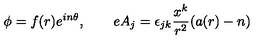
\phi = f ( r ) e ^ { i n \theta } , \qquad e A _ { j } = \epsilon _ { j k } \frac { x ^ { k } } { r ^ { 2 } } ( a ( r ) - n )